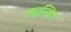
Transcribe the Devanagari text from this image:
उपान्तिम